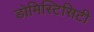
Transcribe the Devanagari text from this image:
डोमिस्टिसिटी